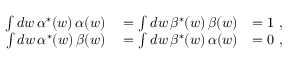
\begin{array} { r l r } { \int d w \, \alpha ^ { * } ( w ) \, \alpha ( w ) } & { { } = \int d w \, \beta ^ { * } ( w ) \, \beta ( w ) } & { = 1 \mathrm { ~ , ~ } } \\ { \int d w \, \alpha ^ { * } ( w ) \, \beta ( w ) } & { { } = \int d w \, \beta ^ { * } ( w ) \, \alpha ( w ) } & { = 0 \mathrm { ~ , ~ } } \end{array}